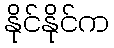
နိုင်နိုင်က